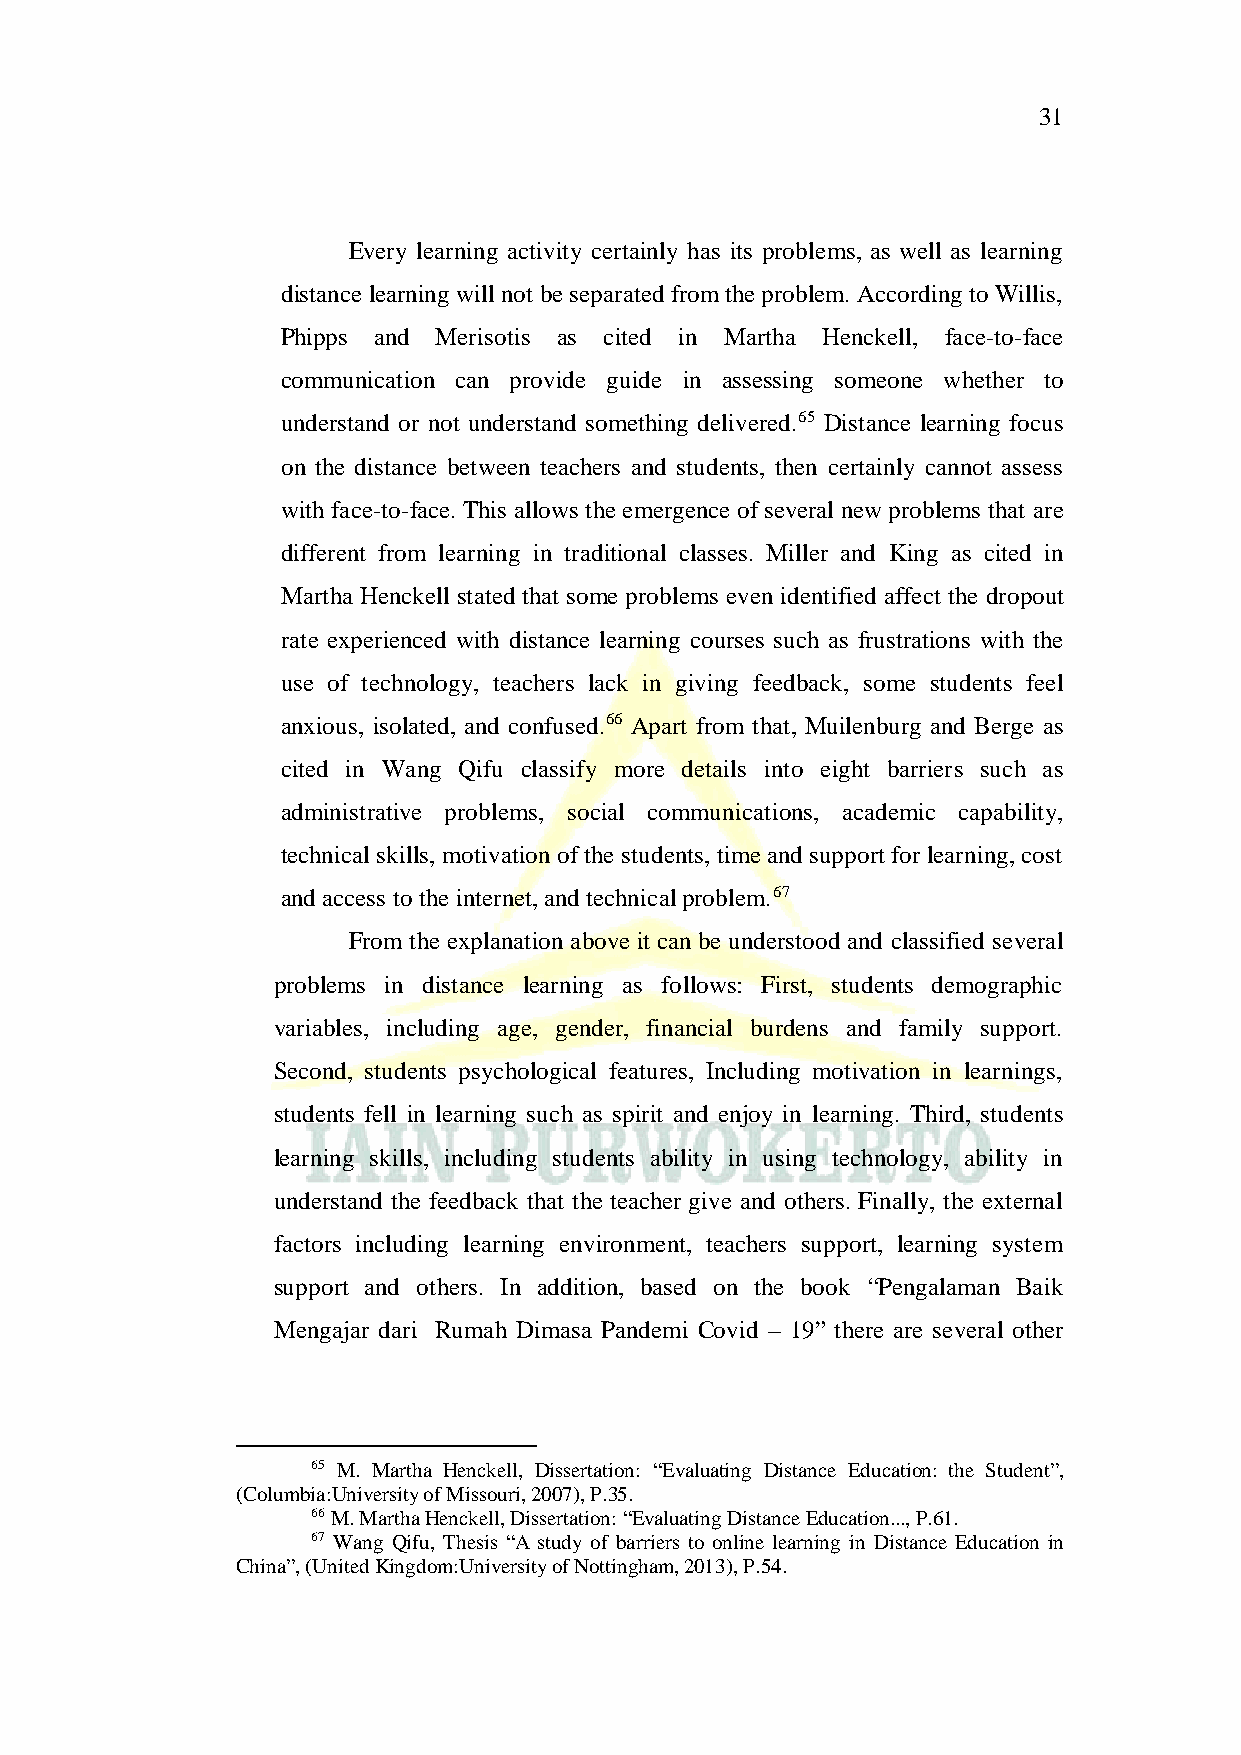
31
 Every learning activity certainly has its problems, as well as learning
 distance learning will not be separated from the problem. According to Willis,
 Phipps and Merisotis as cited in Martha Henckell, face-to-face
 communication can provide guide in assessing someone whether to
 understand or not understand something delivered.65 Distance learning focus
 on the distance between teachers and students, then certainly cannot assess
 with face-to-face. This allows the emergence of several new problems that are
 different from learning in traditional classes. Miller and King as cited in
 Martha Henckell stated that some problems even identified affect the dropout
 rate experienced with distance learning courses such as frustrations with the
 use of technology, teachers lack in giving feedback, some students feel
 anxious, isolated, and confused.66 Apart from that, Muilenburg and Berge as
 cited in Wang Qifu classify more details into eight barriers such as
 administrative problems, social communications, academic capability,
 technical skills, motivation of the students, time and support for learning, cost
 and access to the internet, and technical problem.67
 From the explanation above it can be understood and classified several
 problems in distance learning as follows: First, students demographic
 variables, including age, gender, financial burdens and family support.
 Second, students psychological features, Including motivation in learnings,
 students fell in learning such as spirit and enjoy in learning. Third, students
 learning skills, including students ability in using technology, ability in
 understand the feedback that the teacher give and others. Finally, the external
 factors including learning environment, teachers support, learning system
 support and others. In addition, based on the book “Pengalaman Baik
 Mengajar dari Rumah Dimasa Pandemi Covid – 19” there are several other
 65 M. Martha Henckell, Dissertation: “Evaluating Distance Education: the Student”,
 (Columbia:University of Missouri, 2007), P.35.
 66 M. Martha Henckell, Dissertation: “Evaluating Distance Education..., P.61.
 67 Wang Qifu, Thesis “A study of barriers to online learning in Distance Education in
 China”, (United Kingdom:University of Nottingham, 2013), P.54.